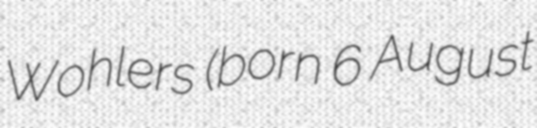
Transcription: Wohlers (born 6 August